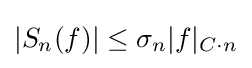
|S_{n}(f)|\leq \sigma _{n}|f|_{C\cdot n}